Leaving Certificate Examination, 1916
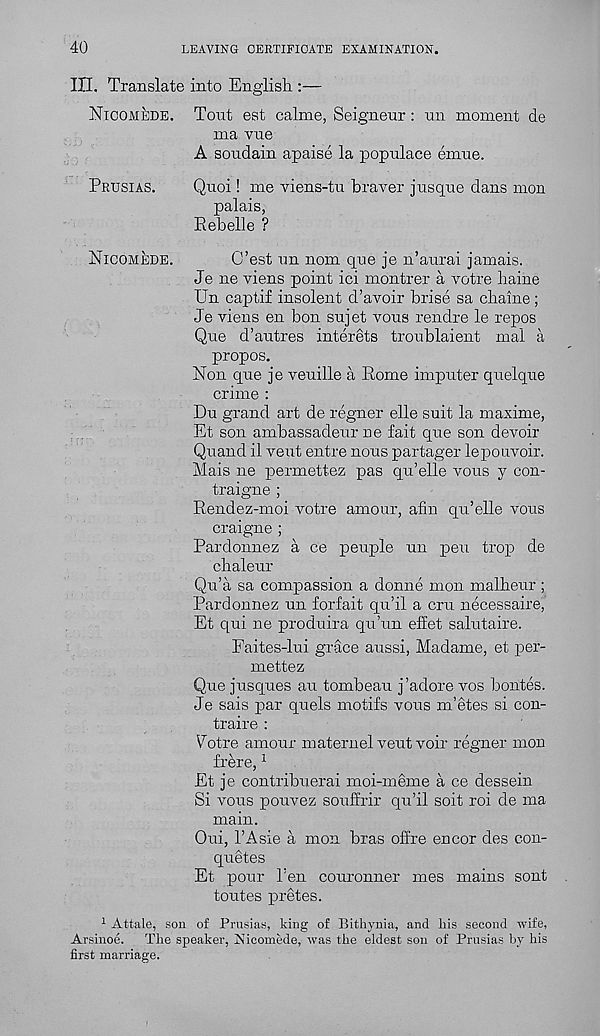
40
LEAVING CERTIFICATE EXAMINATION.
III. Translate into English :—
Nicomede. Tout est calme, Seigneur : un moment de
ma vue
A soudain apaise la populace emue.
Prusias.
Quoi! me viens-tu braver jusque dans mon
palais,
Rebelle ?
Nicomede.
C’est un nom que je n’aurai jamais.
Je ne viens point ici montrer a votre liaine
Un captif insolent d’avoir brise sa chaine;
Je viens en bon sujet vous rendre le repos
Que d’autres interets troublaient mal a
propos.
Non que je veuille a Rome imputer quelque
crime :
Du grand art de regner elle suit la maxime,
Et son ambassadeur ne fait que son devoir
Quand il vent entre nous partager lepouvoir.
Mais ne permettez pas qu’elle vous y con-
traigne ;
Rendez-moi votre amour, afin qu’elle vous
craigne ;
Pardonnez a ce peuple un pen trop de
cbaleur
Qu’a sa compassion a donne mon malheur ;
Pardonnez un forfait qu’il a cru necessaire,
Et qui ne produira qu’un effet salutaire.
Faites-lui grace aussi, Madame, et per-
mettez
Que jusques an tombeau j’adore vos bontes.
Je sais par quels motifs vous m’etes si con-
traire :
Votre amour maternel veut voir regner mon
frere, 1
Et je contribuerai moi-meme a ce dessein
Si vous pouvez souffrir qu’il soit roi de ma
main.
Oui, 1’Asie a mon bras off re encor des con-
quetes
Et pour Ten couronner mes mains sont
toutes pretes.
1 Attale, sou of Prusias, king of Bitliynia, and Iris second wife,
Arsinoe. The speaker, Kicomede, was the eldest son of Prusias by his
first marriage.